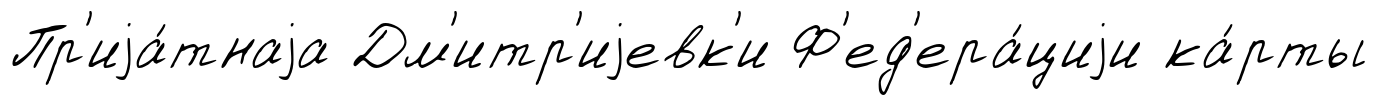
Пр'иjа́тнаjа Дм'итр'иjевк'и Ф'ед'ера́циjи ка́рты